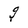
Character: g